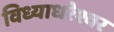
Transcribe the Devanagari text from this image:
विध्याधरेश्वर